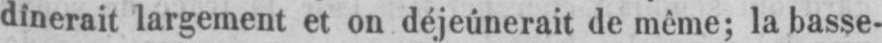
dînerait largement et on déjeúnerait de même; la basse-